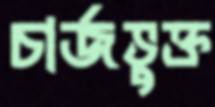
চার্জভুক্ত